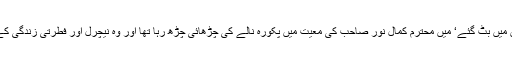
ادائے فرض کے بعد احباب ٹولیوں میں بٹ گئے‘ میں محترم کمال نور صاحب کی معیت میں پکورہ نالے کی چڑھائی چڑھ رہا تھا اور وہ نیچرل اور فطرتی زندگی کے اوصاف بیان کیے جارہے تھے۔